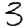
Digit: 3